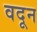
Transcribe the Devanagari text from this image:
वदून